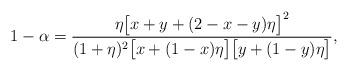
LaTeX: \begin{align*}1-\alpha=\frac{\eta\big[x+y+(2-x-y)\eta\big]^2}{(1+\eta)^2\big[x+(1-x)\eta\big]\big[y+(1-y)\eta\big]},\end{align*}